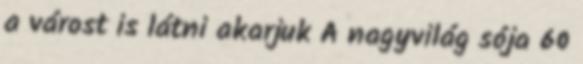
a várost is látni akarjuk A nagyvilág sója 60